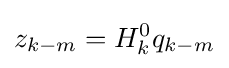
z_{k-m}=H_{k}^{0}q_{k-m}